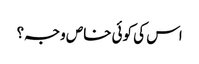
اس کی کوئی خاص وجہ؟